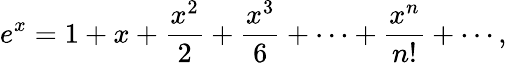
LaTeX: e^{x}=1+x+{\frac{x^{2}}{2}}+{\frac{x^{3}}{6}}+\cdots+{\frac{x^{n}}{n!}}+\cdots,